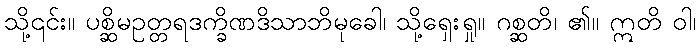
သို့၎င်း။ ပစ္ဆိမဥတ္တရဒက္ခိဏဒိသာဘိမုခေါ၊ သို့ရှေးရှု။ ဂစ္ဆတိ၊ ၏။ ဣတိ ဝါ၊